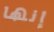
إنها